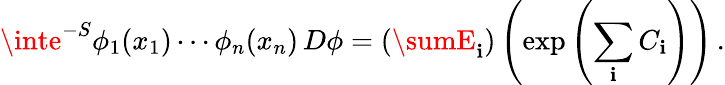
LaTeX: \inte^{-S}\phi_{1}(x_{1})\cdots\phi_{n}(x_{n})\, D\phi=\left(\sumE_{\mathbf{i}}\right)\left(\exp\left(\sum_{\mathbf{i}}C_{\mathbf{i}}\right)\right)\, .